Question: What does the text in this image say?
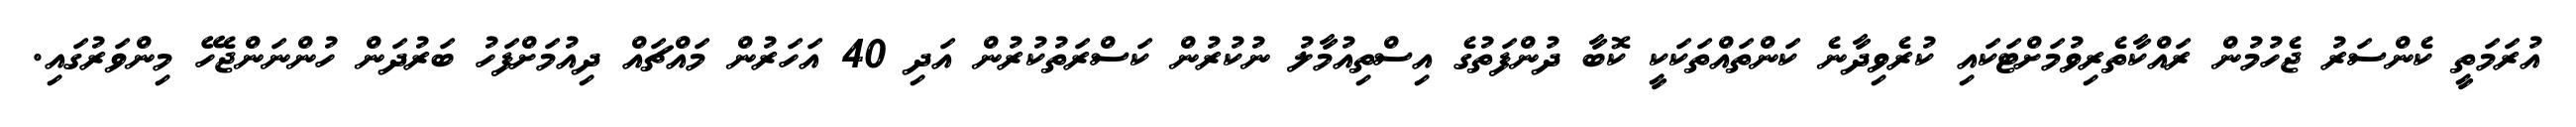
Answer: އުރަމަތީ ކެންސަރު ޖެހުމުން ރައްކާތެރިވުމަށްޓަކައި ކުރެވިދާނެ ކަންތައްތަކަކީ ކޮބާ ދުންފަތުގެ އިސްތިއުމާލު ނުކުރުން ކަސްރަތުކުރުން އަދި 40 އަހަރުން މައްޗައް ދިއުމަށްފަހު ބަރުދަން ހުންނަންޖެހޭ މިންވަރުގައި.